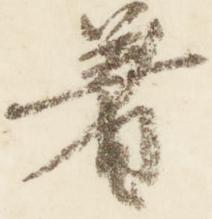
着